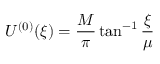
U ^ { ( 0 ) } ( \xi ) = \frac { M } { \pi } \tan ^ { - 1 } \frac { \xi } { \mu }